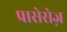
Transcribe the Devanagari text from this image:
प्रासेसेज़